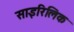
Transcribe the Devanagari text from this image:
साइरिलिक